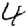
Digit: 4